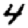
Digit: 4